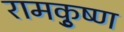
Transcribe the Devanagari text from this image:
रामकृुष्ण